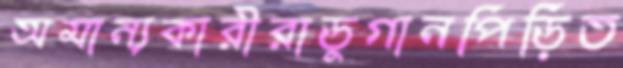
অমান্যকারীরাডুগানপিড়িত